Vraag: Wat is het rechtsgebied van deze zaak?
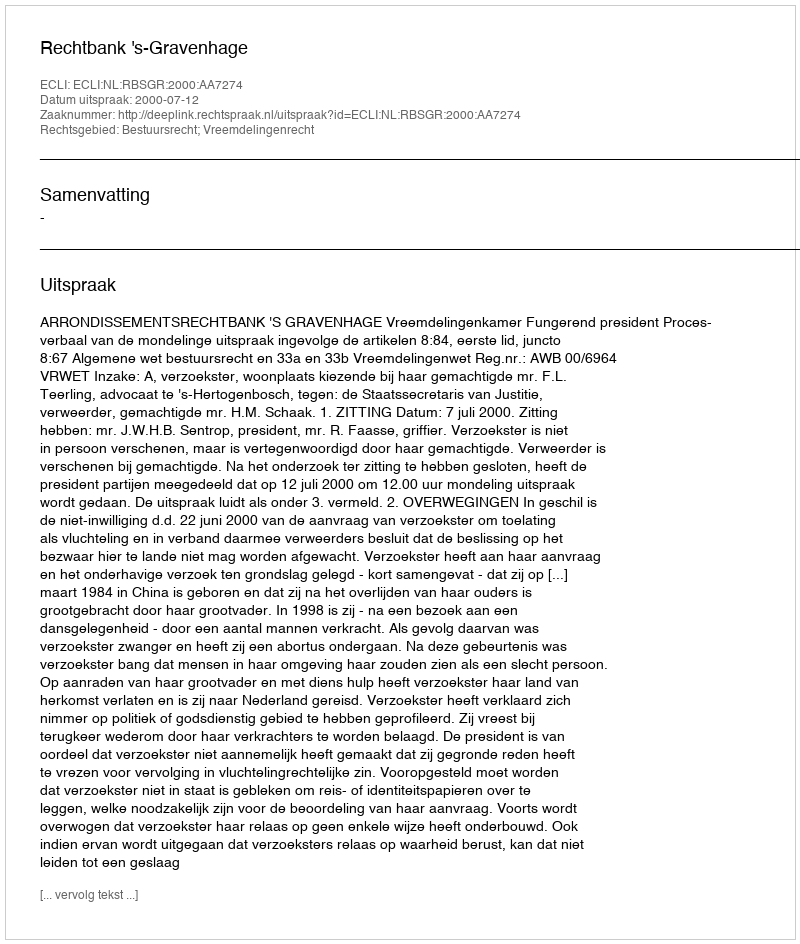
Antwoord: Bestuursrecht; Vreemdelingenrecht